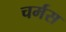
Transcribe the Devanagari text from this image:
चर्मस